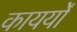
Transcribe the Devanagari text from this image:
कायर्यों